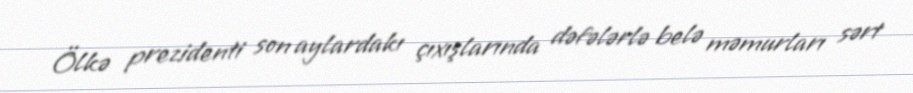
Ölkə prezidenti son aylardakı çıxışlarında dəfələrlə belə məmurları sərt